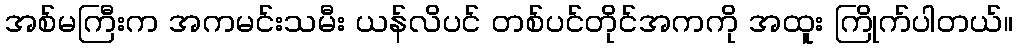
အစ်မကြီးက အကမင်းသမီး ယန်လိပင် တစ်ပင်တိုင်အကကို အထူး ကြိုက်ပါတယ်။